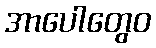
အာပေါတွေဝ